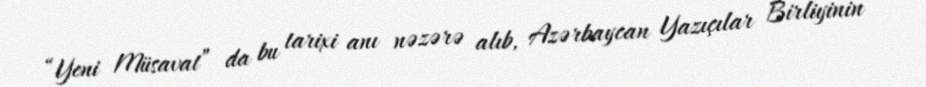
“Yeni Müsavat” da bu tarixi anı nəzərə alıb, Azərbaycan Yazıçılar Birliyinin